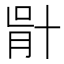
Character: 𠦣